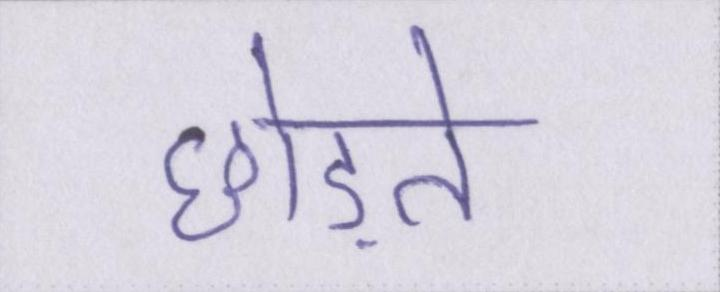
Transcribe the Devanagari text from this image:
छोड़ते